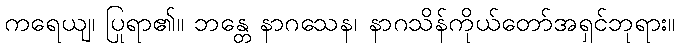
ကရေယျ၊ ပြုရာ၏။ ဘန္တေ နာဂသေန၊ နာဂသိန်ကိုယ်တော်အရှင်ဘုရား။